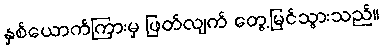
နှစ်ယောက်ကြားမှ ဖြတ်လျက် တွေ့မြင်သွားသည်။